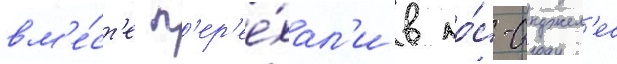
вм'е́ст'е п'ер'ее́хал'и в ло́с-анджел'ес